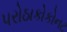
પરોઠાકોકોનટ